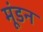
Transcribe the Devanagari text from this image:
मूंडन